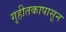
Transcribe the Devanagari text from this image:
गृहीतकापासून